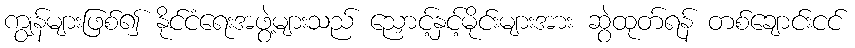
ကျွန်များဖြစ်၍ နိုင်ငံရေးအဖွဲ့များသည် ညှောင့်နှင့်မိုင်းများအား ဆွဲထုတ်ရန် တစ်ချောင်းငင်